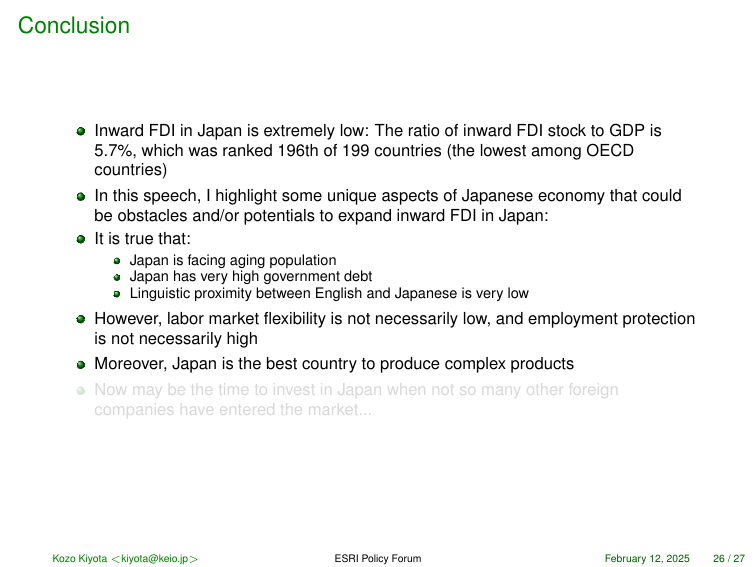
Conclusion

● Inward FDI in Japan is extremely low: The ratio of inward FDI stock to GDP is 5.7%, which was ranked 196th of 199 countries (the lowest among OECD countries)

● In this speech, I highlight some unique aspects of Japanese economy that could be obstacles and/or potentials to expand inward FDI in Japan:

● It is true that:
   ● Japan is facing aging population
   ● Japan has very high government debt
   ● Linguistic proximity between English and Japanese is very low

● However, labor market flexibility is not necessarily low, and employment protection is not necessarily high

● Moreover, Japan is the best country to produce complex products

● Now may be the time to invest in Japan when not so many other foreign companies have entered the market...

Kozo Kiyota <kiyota@keio.jp>    ESRI Policy Forum    February 12, 2025    26 / 27